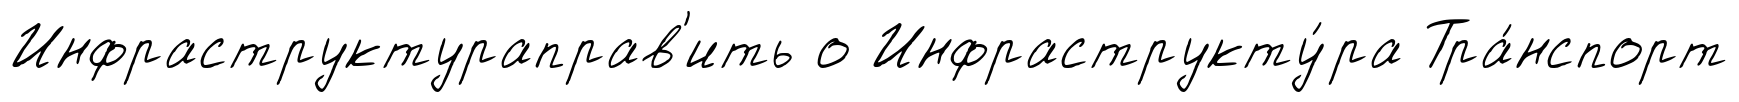
Инфраструктураправ'ить о Инфраструкту́ра Тра́нспорт